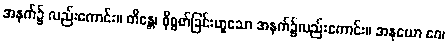
အနက်၌ လည်းကောင်း။ တိန္တေ၊ စိုစွတ်ခြင်းဟူသော အနက်၌လည်းကောင်း။ အနုယော ဂေ၊